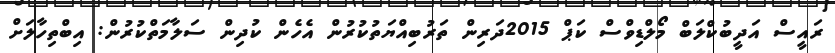
ރައީސް އަދީބުކްލަބް މޯލްޑިވްސް ކަޕް 2015ދަރިން ތަރުބިއްޔަތުކުރުން އެހެން ކުދިން ސަލާމަތްކުރުން: އިބްތިހާލަށް